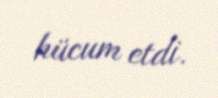
hücum etdi.